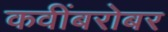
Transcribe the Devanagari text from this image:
कवींबरोबर